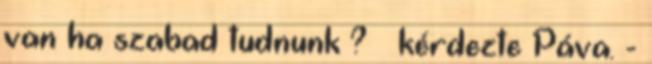
van ha szabad tudnunk ? – kérdezte Páva. -